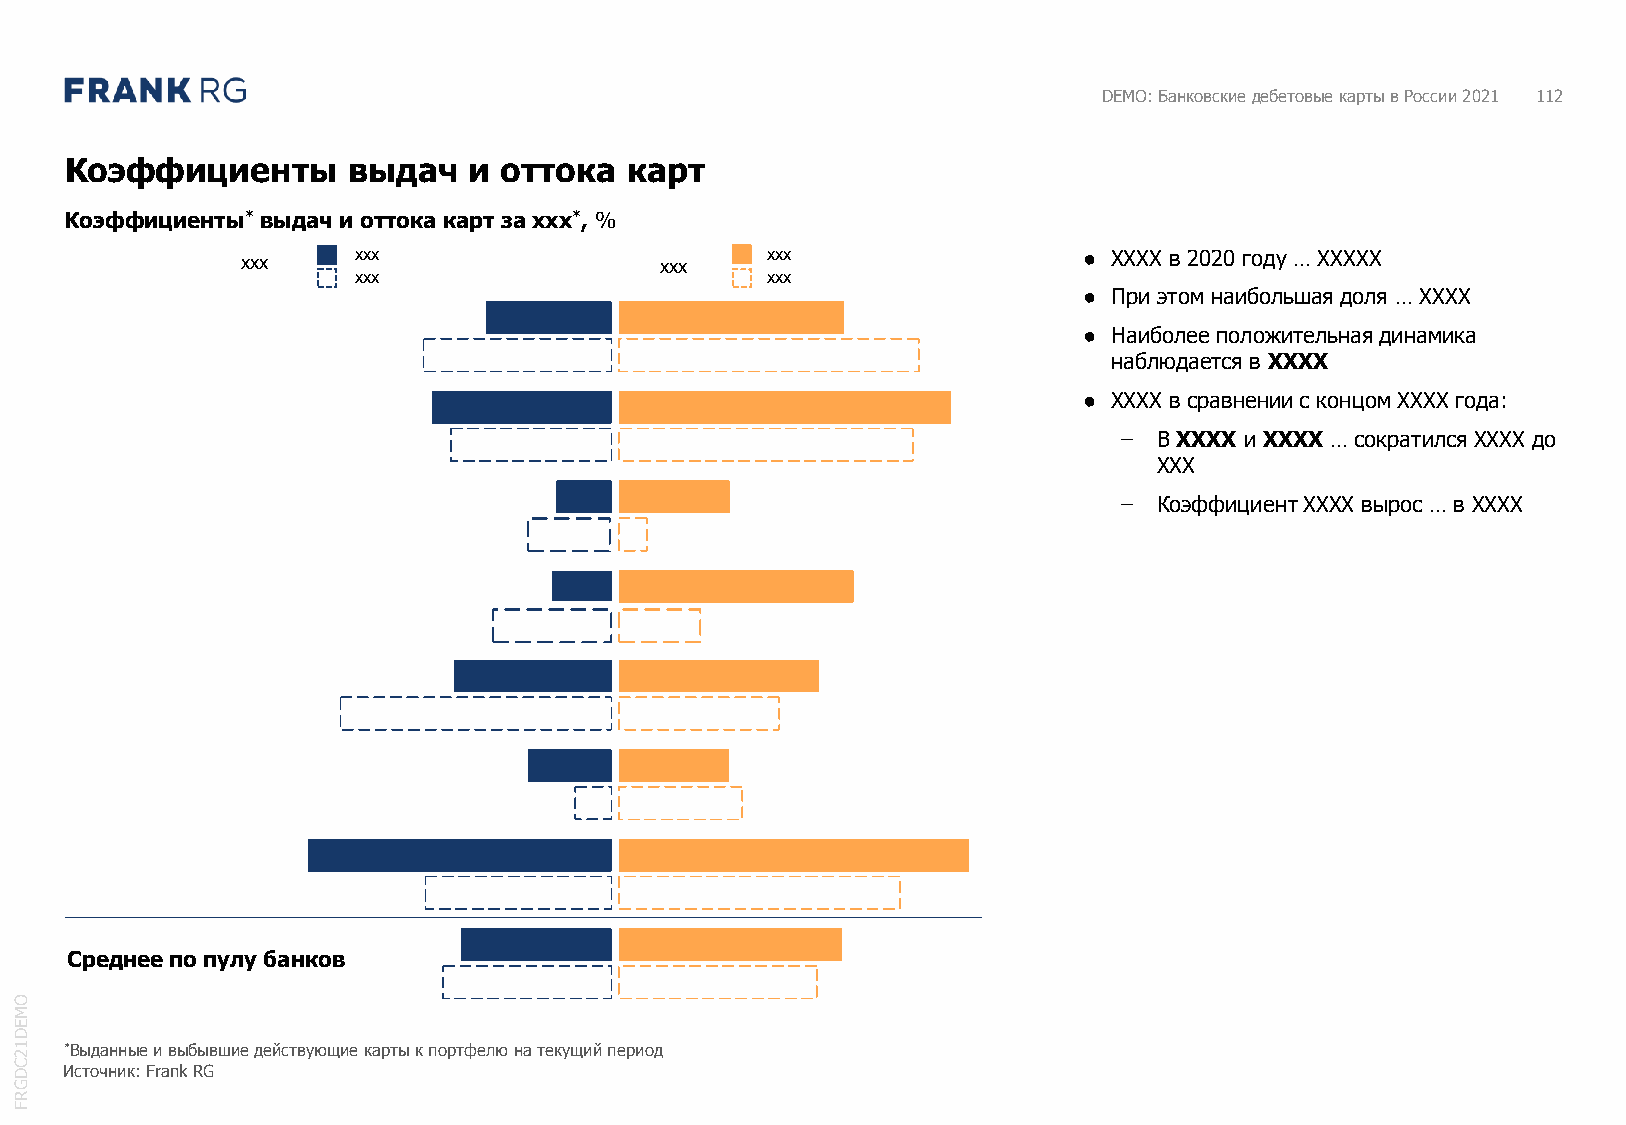
DEMO: Банковские дебетовые карты в России 2021 112
 Коэффициенты       выдач   и оттока  карт
 Коэффициенты* выдач и оттока карт за xxx*, %
 xxx    xxx                  xxx    xxx                  ● XXXX в 2020 году … XXXXX
 xxx                         xxx
 ● При этом наибольшая доля … XXXX
 ВТБ                                                                 ● Наиболее положительная динамика
 наблюдается в XXXX
 ● XXXX в сравнении с концом XXXX года:
 Газпромбанк
 ̶ В XXXX и XXXX … сократился XXXX до
 XXX
 ̶ Коэффициент XXXX вырос … в XXXX
 Россельхозбанк
 н/д
 Открытие
 МТС Банк
 Банк Хоум Кредит
 Банк Санкт-Петербург
 Среднее по пулу банков
 O
 M
 E
 D
 1 2 *Выданные и выбывшие действующие карты к портфелю на текущий период
 C D Источник: Frank RG
 G
 R
 F